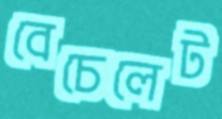
বেচেলেট